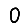
Digit: 0